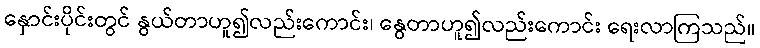
နှောင်းပိုင်းတွင် နွယ်တာဟူ၍လည်းကောင်း၊ နွေတာဟူ၍လည်းကောင်း ရေးလာကြသည်။